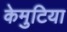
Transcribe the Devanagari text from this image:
केमुटिया